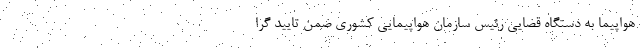
هواپیما به دستگاه قضایی رئیس سازمان هواپیمایی کشوری ضمن تایید گرا